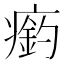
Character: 瘹